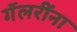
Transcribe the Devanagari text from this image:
गॅलरींना